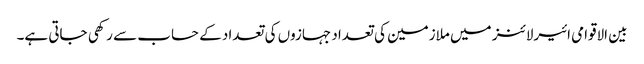
بین الاقوامی ائیرلائنز میں ملازمین کی تعداد جہازوں کی تعداد کے حساب سے رکھی جاتی ہے۔